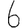
Digit: 6